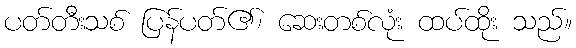
ပတ်တီးသစ် ပြန်ပတ်၏၊ ဆေးတစ်လုံး ထပ်ထိုး သည်။